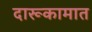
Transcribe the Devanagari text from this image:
दारूकामात